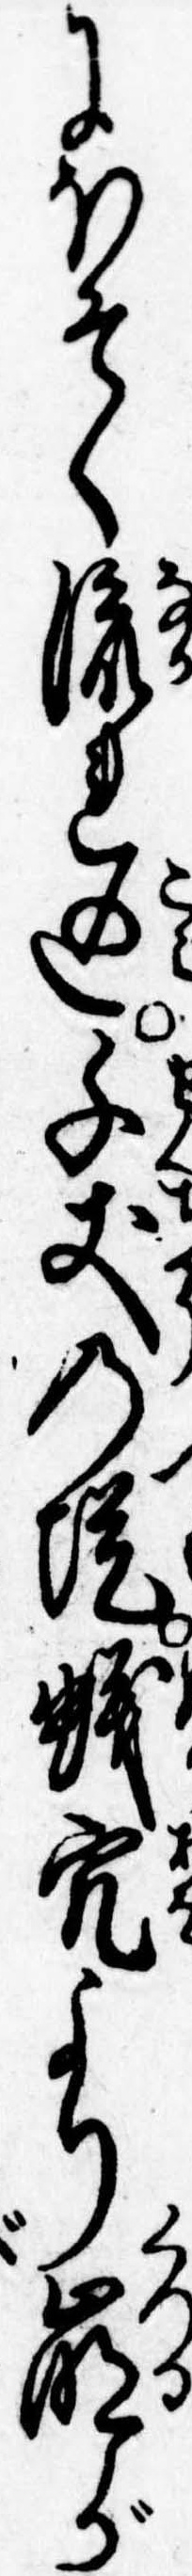
にほそく流れ込千𠀋の堤蟻穴より崩が